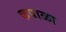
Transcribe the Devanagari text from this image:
कपाळा